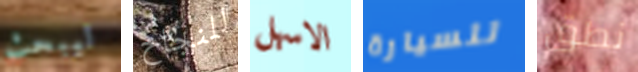
ليبحث للنجاح الاسهل للسيارة نطق